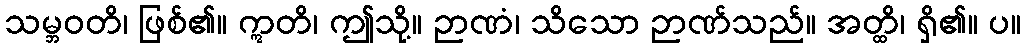
သမ္ဘဝတိ၊ ဖြစ်၏။ ဣတိ၊ ဤသို့။ ဉာဏံ၊ သိသော ဉာဏ်သည်။ အတ္ထိ၊ ရှိ၏။ ပ။